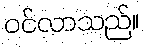
ဝင်လာသည်။